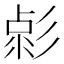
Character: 𢒦